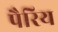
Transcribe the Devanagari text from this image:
पैरिय